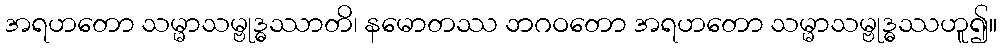
အရဟတော သမ္မာသမ္ဗုဒ္ဓဿာတိ၊ နမောတဿ ဘဂဝတော အရဟတော သမ္မာသမ္ဗုဒ္ဓဿဟူ၍။